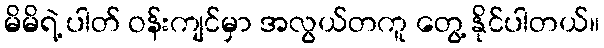
မိမိရဲ့ ပါတ် ဝန်းကျင်မှာ အလွယ်တကူ တွေ့ နိုင်ပါတယ်။